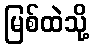
မြစ်ထဲသို့